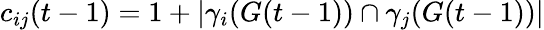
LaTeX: c_{ij}(t-1)=1+\left|\gamma_{i}(G(t-1))\cap\gamma_{j}(G(t-1))\right|